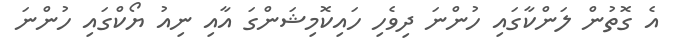
އެ ގޮތުން ލަންކާގައި ހުންނަ ދިވެހި ހައިކޮމިޝަންގަ އާއި ނިއު ޔޯކްގައި ހުންނަ